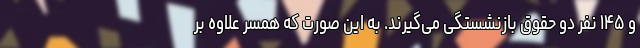
و ۱۴۵ نفر دو حقوق بازنشستگی می‌گیرند. به این صورت که همسر علاوه بر